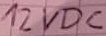
Text: 12VDC